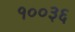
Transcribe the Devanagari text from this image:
१००३६